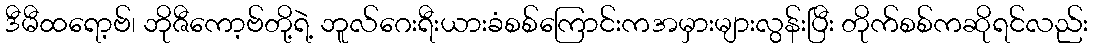
ဒီမီထရော့ဗ်၊ ဘိုဇီကော့ဗ်တို့ရဲ့ ဘူလ်ဂေးရီးယားခံစစ်ကြောင်းကအမှားများလွန်းပြီး တိုက်စစ်ကဆိုရင်လည်း